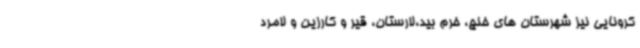
کرونایی نیز شهرستان های خنج، خرم بید،لارستان، قیر و کارزین و لامرد